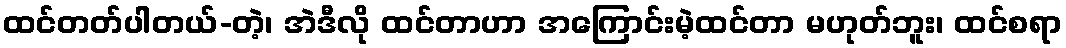
ထင်တတ်ပါတယ်-တဲ့၊ အဲဒီလို ထင်တာဟာ အကြောင်းမဲ့ထင်တာ မဟုတ်ဘူး၊ ထင်စရာ